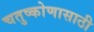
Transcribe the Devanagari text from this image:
चतुष्कोणासाठी